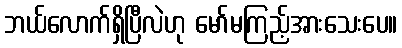
ဘယ်လောက်ရှိပြီလဲဟု မော်မကြည့်အားသေးပေ။